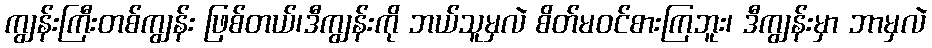
ကျွန်းကြီးတစ်ကျွန်း ဖြစ်တယ်၊ဒီကျွန်းကို ဘယ်သူမှလဲ စိတ်မဝင်စားကြဘူး၊ ဒီကျွန်းမှာ ဘာမှလဲ